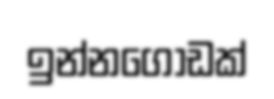
ඉන්නගොඩක්